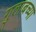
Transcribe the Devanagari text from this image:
गुलाबच्या